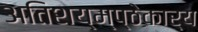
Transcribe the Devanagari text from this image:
अतिशय्म्प्ठेकार्य